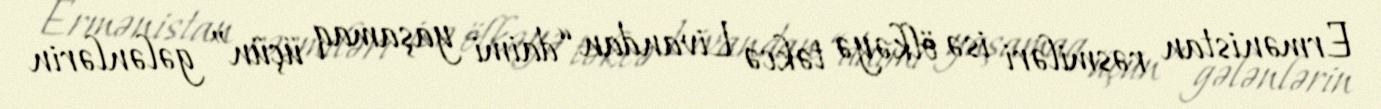
Ermənistan rəsmiləri isə ölkəyə təkcə Livandan “daimi yaşamaq üçün” gələnlərin